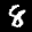
Label: 8